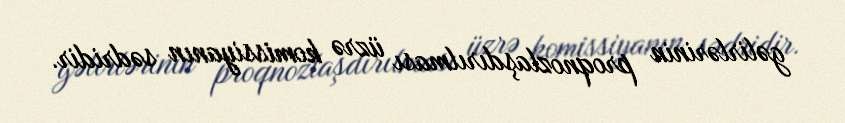
gəlirlərinin proqnozlaşdırılması üzrə komissiyanın sədridir.